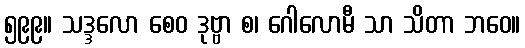
၅၉၉။ သဒ္ဒလော စေဝ ဒုဗ္ဗာ စ၊ ဂေါလောမီ သာ သိတာ ဘဝေ။